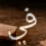
في